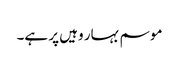
موسم بہار وہیں پر ہے۔